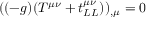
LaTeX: ( ( - g ) ( T ^ { \mu \nu } + t _ { L L } ^ { \mu \nu } ) ) _ { , \mu } = 0